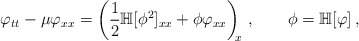
\begin{align*}\varphi_{tt}-\mu\varphi_{xx}=\left(\frac12\mathbb H[\phi^2]_{xx}+\phi\varphi_{xx}\right)_{\!\!x}\,,\qquad\phi=\mathbb H[\varphi]\,,\end{align*}